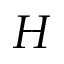
H